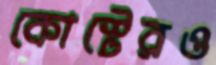
কোস্টেরও